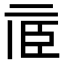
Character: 𠄱